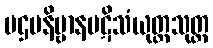
ပဌမနိဗ္ဗာနပဋိသံယုတ္တသုတ္တ